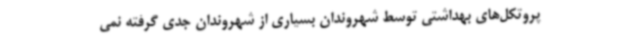
پروتکل‌های بهداشتی توسط شهروندان بسیاری از شهروندان جدی گرفته نمی